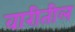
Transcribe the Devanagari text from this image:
वारीतील